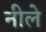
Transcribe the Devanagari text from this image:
नीले